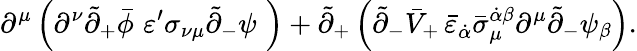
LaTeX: \partial^{\mu}\left(\partial^{\nu}\tilde{\partial}_{+}\bar{\phi}\, \, \varepsilon^{\prime}\sigma_{\nu\mu}\tilde{\partial}_{-}\psi\, \, \right)+\tilde{\partial}_{+}\left(\tilde{\partial}_{-}\bar{V}_{+}\, \bar{\varepsilon}_{\dot{\alpha}}\bar{\sigma}_{\mu}^{\dot{\alpha}\beta}\partial^{\mu}\tilde{\partial}_{-}\psi_{\beta}\right).